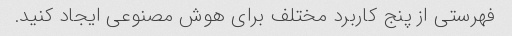
فهرستی از پنج کاربرد مختلف برای هوش مصنوعی ایجاد کنید.